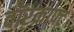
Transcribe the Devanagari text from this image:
वॉरक्राफ्ट